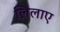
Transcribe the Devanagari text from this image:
लिलाए